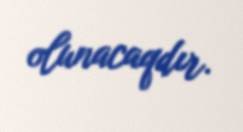
olunacaqdır.